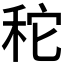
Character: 𥞒